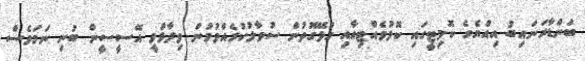
ބަންޑާރަނައިބު އިއްޔެގެ ކޮމިޓީގައި ކޮޅުވެއްޓިއާއި ގުޅޭގޮތުން ސުވާލުކުރެއްވުމުން ވިދާޅުވީ އޭސީސީން ބުނި ނަމަވެސް